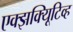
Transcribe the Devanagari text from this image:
एक्झक्यिूटिव्ह